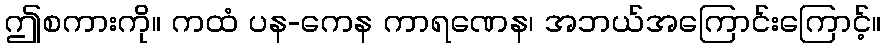
ဤစကားကို။ ကထံ ပန-ကေန ကာရဏေန၊ အဘယ်အကြောင်းကြောင့်။